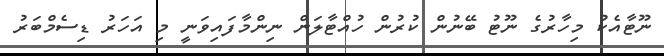
ނޫޓާއެކު މިހާރުގެ ނޫޓު ބޭނުން ކުރުން ހުއްޓާލަން ނިންމާފައިވަނީ މި އަހަރު ޑިސެމްބަރު